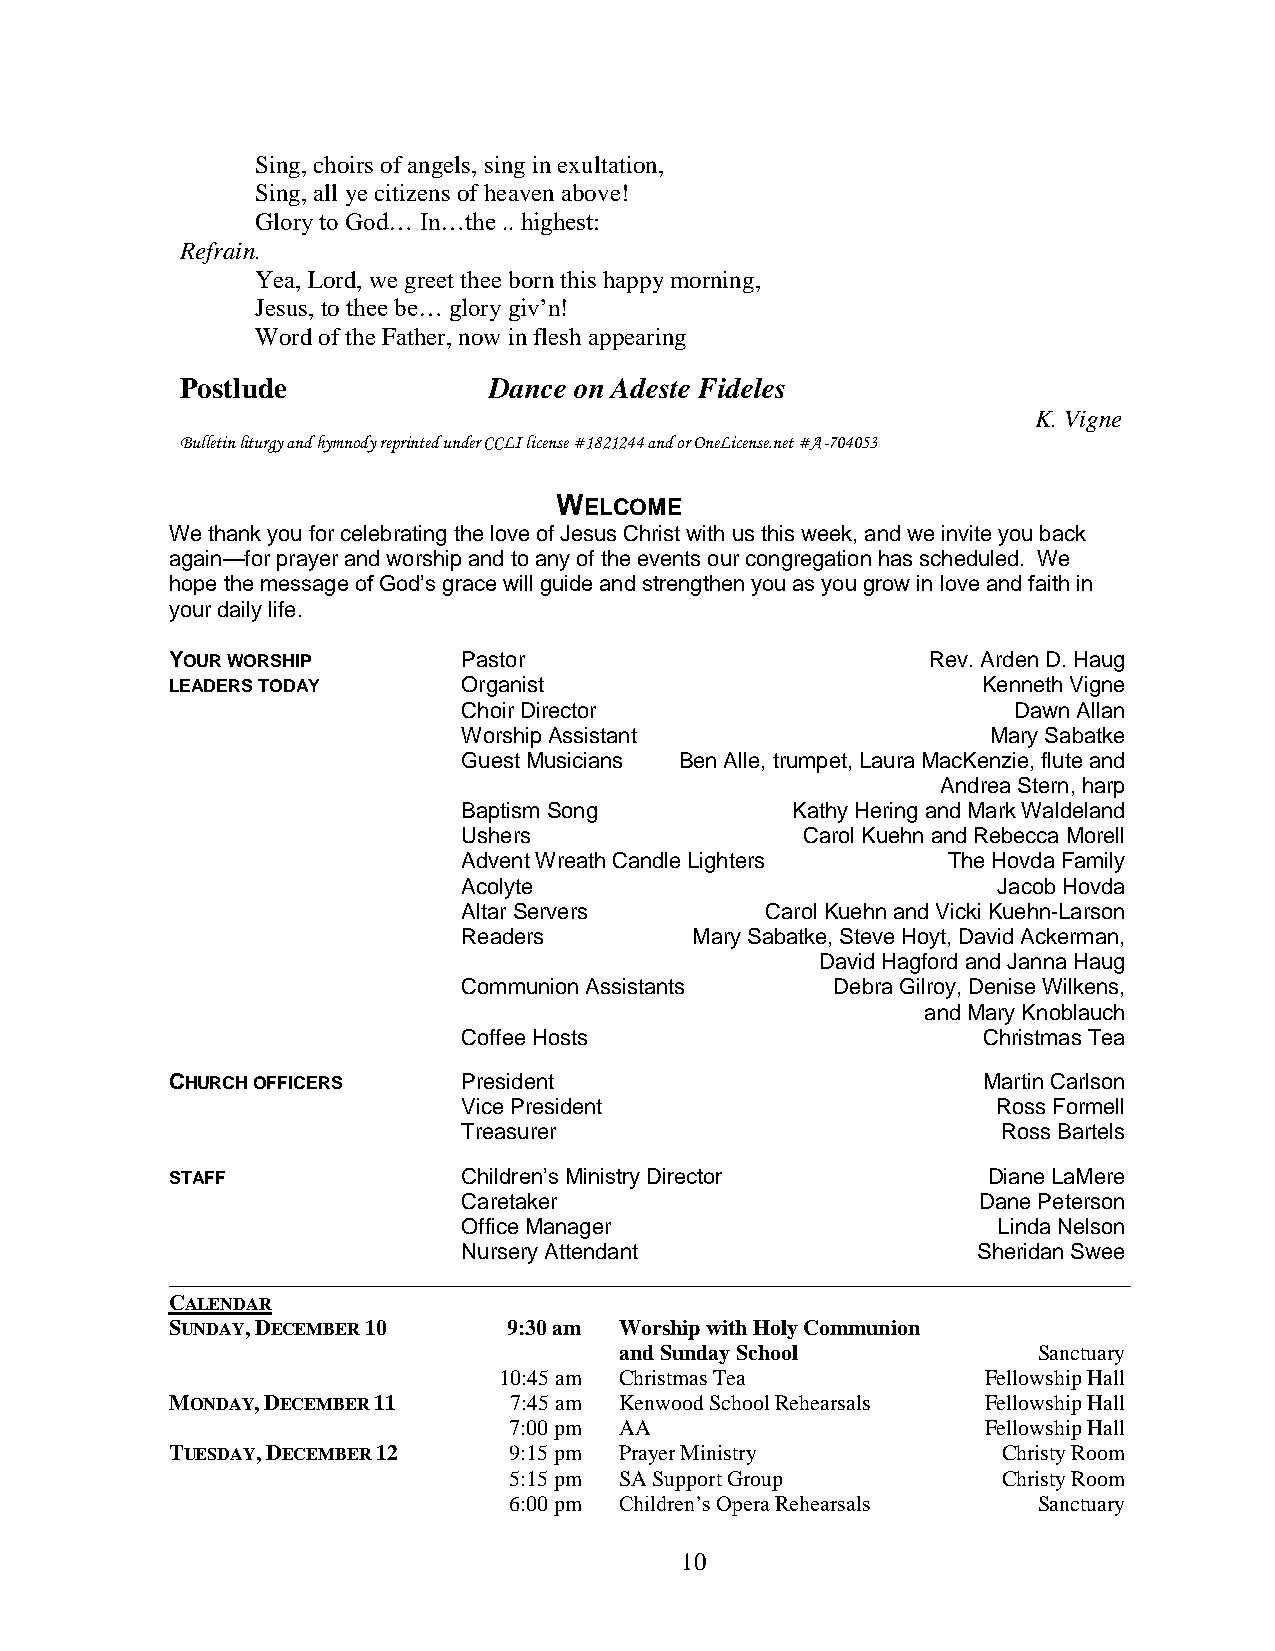
Sing, choirs of angels, sing in exultation,
 Sing, all ye citizens of heaven above!
 Glory to God… In…the .. highest:
 Refrain.
 Yea, Lord, we greet thee born this happy morning,
 Jesus, to thee be… glory giv’n!
 Word of the Father, now in flesh appearing
 Postlude            Dance on Adeste Fideles
 K. Vigne
 Bulletin liturgy and hymnody reprinted under CCLI license #1821244 and or OneLicense.net #A-704053
 WELCOME
 We thank you for celebrating the love of Jesus Christ with us this week, and we invite you back
 again—for prayer and worship and to any of the events our congregation has scheduled. We
 hope the message of God’s grace will guide and strengthen you as you grow in love and faith in
 your daily life.
 YOUR WORSHIP        Pastor                         Rev. Arden D. Haug
 LEADERS TODAY       Organist                          Kenneth Vigne
 Choir Director                      Dawn Allan
 Worship Assistant                  Mary Sabatke
 Guest Musicians Ben Alle, trumpet, Laura MacKenzie, flute and
 Andrea Stern, harp
 Baptism Song         Kathy Hering and Mark Waldeland
 Ushers                Carol Kuehn and Rebecca Morell
 Advent Wreath Candle Lighters   The Hovda Family
 Acolyte                            Jacob Hovda
 Altar Servers       Carol Kuehn and Vicki Kuehn-Larson
 Readers        Mary Sabatke, Steve Hoyt, David Ackerman,
 David Hagford and Janna Haug
 Communion Assistants    Debra Gilroy, Denise Wilkens,
 and Mary Knoblauch
 Coffee Hosts                      Christmas Tea
 CHURCH OFFICERS     President                         Martin Carlson
 Vice President                     Ross Formell
 Treasurer                          Ross Bartels
 STAFF               Children’s Ministry Director      Diane LaMere
 Caretaker                         Dane Peterson
 Office Manager                     Linda Nelson
 Nursery Attendant                 Sheridan Swee
 ________________________________________________________________________________________
 CALENDAR
 SUNDAY, DECEMBER 10    9:30 am Worship with Holy Communion
 and Sunday School           Sanctuary
 10:45 am Christmas Tea          Fellowship Hall
 MONDAY, DECEMBER 11    7:45 am Kenwood School Rehearsals Fellowship Hall
 7:00 pm AA                     Fellowship Hall
 TUESDAY, DECEMBER 12   9:15 pm Prayer Ministry         Christy Room
 5:15 pm SA Support Group        Christy Room
 6:00 pm Children’s Opera Rehearsals Sanctuary
 10